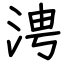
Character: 涄